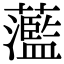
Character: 蘫